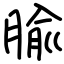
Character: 腧